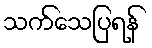
သက်သေပြရန်